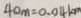
4 0 m = 0 . 0 4 k m